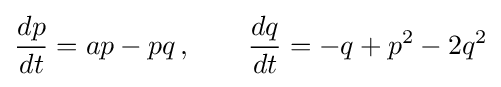
{\frac {dp}{dt}}=ap-pq\,,\qquad {\frac {dq}{dt}}=-q+p^{2}-2q^{2}